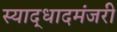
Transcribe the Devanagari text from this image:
स्याद्धादमंजरी